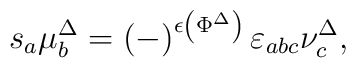
s_{a}\mu _{b}^{\Delta }=\left( -\right) ^{\epsilon \left( \Phi ^{\Delta}\right) }\varepsilon _{abc}\nu _{c}^{\Delta },